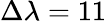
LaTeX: \Delta\lambda=11